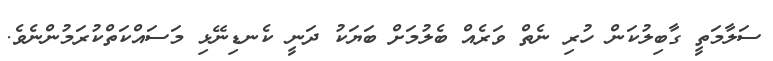
ސަލާމަތީ ގާބިލުކަން ހުރި ނެތް ވަރެއް ބެލުމަށް ބަޔަކު ދަނީ ކެނޑިނޭޅި މަސައްކަތްކުރަމުންނެވެ.